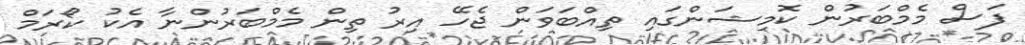
ފަސް މެމްބަރުން ކޮމިޝަންގައި ތިއްބަވަން ޖެހޭ އިރު ތިން މެމްބަރުންނާ އެކު ކޯރަމް